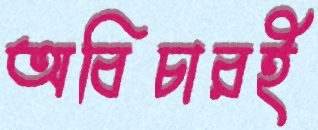
অবিচারই